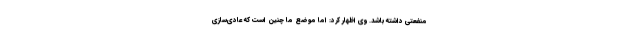
منفعتی داشته باشد. وی اظهار کرد: اما موضع ما چنین است که عادی‌سازی